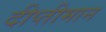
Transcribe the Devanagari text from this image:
दीप्तीमान